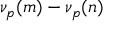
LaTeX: \nu _ { p } ( m ) - \nu _ { p } ( n )